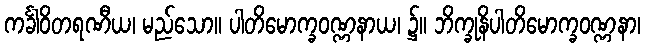
ကင်္ခါဝိတရဏီယ၊ မည်သော။ ပါတိမောက္ခဝဏ္ဏနာယ၊ ၌။ ဘိက္ခုနိပါတိမောက္ခဝဏ္ဏနာ၊